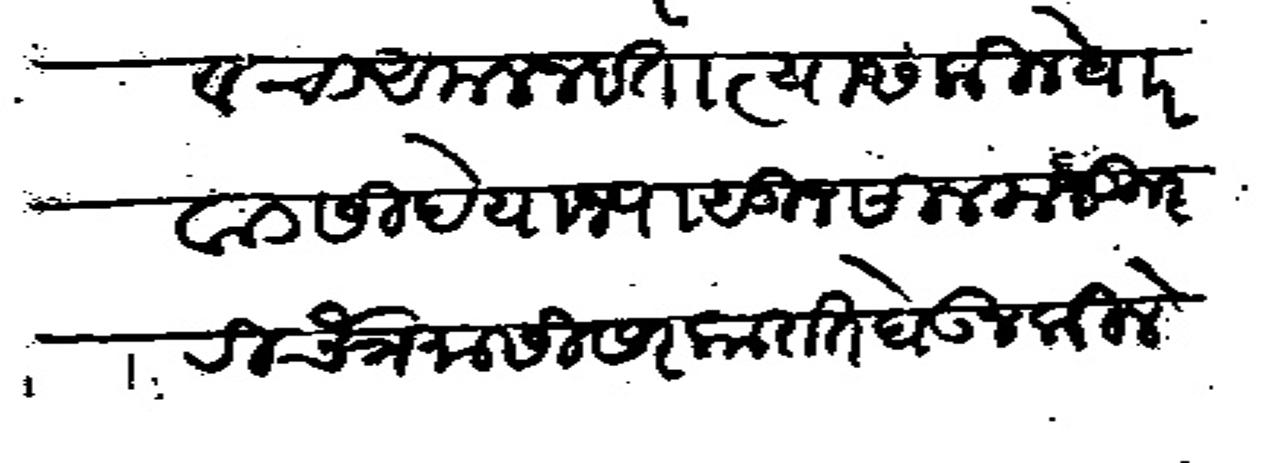
Transliteration (Devanagari): गावचा अमल नवता त्यास किले धारवाड सिदे याजपासून साल मजकुरी चैत्र मासी सरकारात घेऊन किलेमारचा